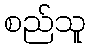
စည်သူ